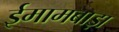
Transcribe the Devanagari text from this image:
ईमामबाड़ा